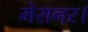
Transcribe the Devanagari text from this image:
मेसनर।